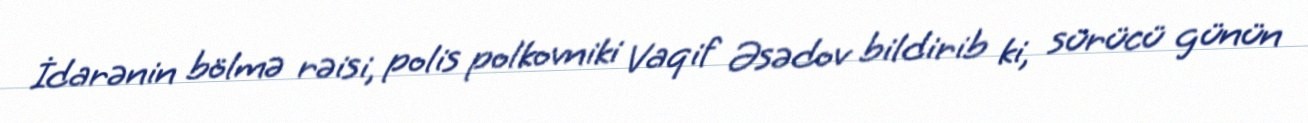
İdarənin bölmə rəisi, polis polkovniki Vaqif Əsədov bildirib ki, sürücü günün